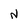
Character: N